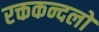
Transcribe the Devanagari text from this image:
रक्तकन्दलो